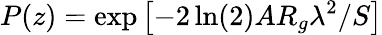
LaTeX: P(z)=\exp\left[-2\ln(2)AR_{g}\lambda^{2}/S\right]